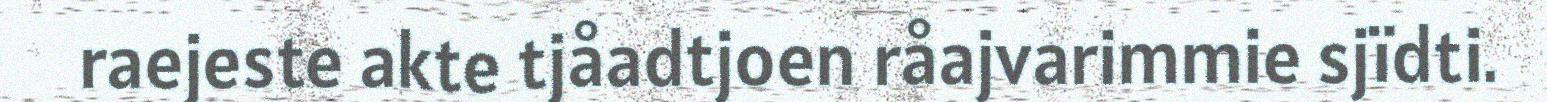
raejeste akte tjåadtjoen råajvarimmie sjïdti.